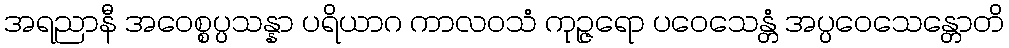
အရညာနီ အဝေစ္စပ္ပသန္နာ ပရိယာဂ ကာလဝသံ ကုဉ္ဇရော ပဝေသေန္တံ အပ္ပဝေသေန္တောတိ